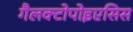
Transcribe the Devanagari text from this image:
गैलक्टोपोइएसिस